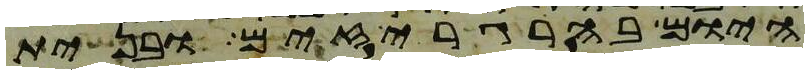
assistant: היום בהרגריזים ובנית